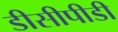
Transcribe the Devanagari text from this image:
डीसीपीडी